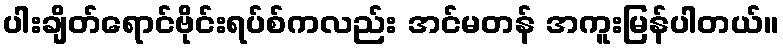
ပါးချိတ်ရောင်ဗိုင်းရပ်စ်ကလည်း အင်မတန် အကူးမြန်ပါတယ်။